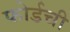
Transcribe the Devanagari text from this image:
फोर्डची